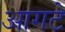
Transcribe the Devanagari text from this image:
आगटे